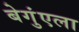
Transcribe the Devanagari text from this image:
बेगुंएला